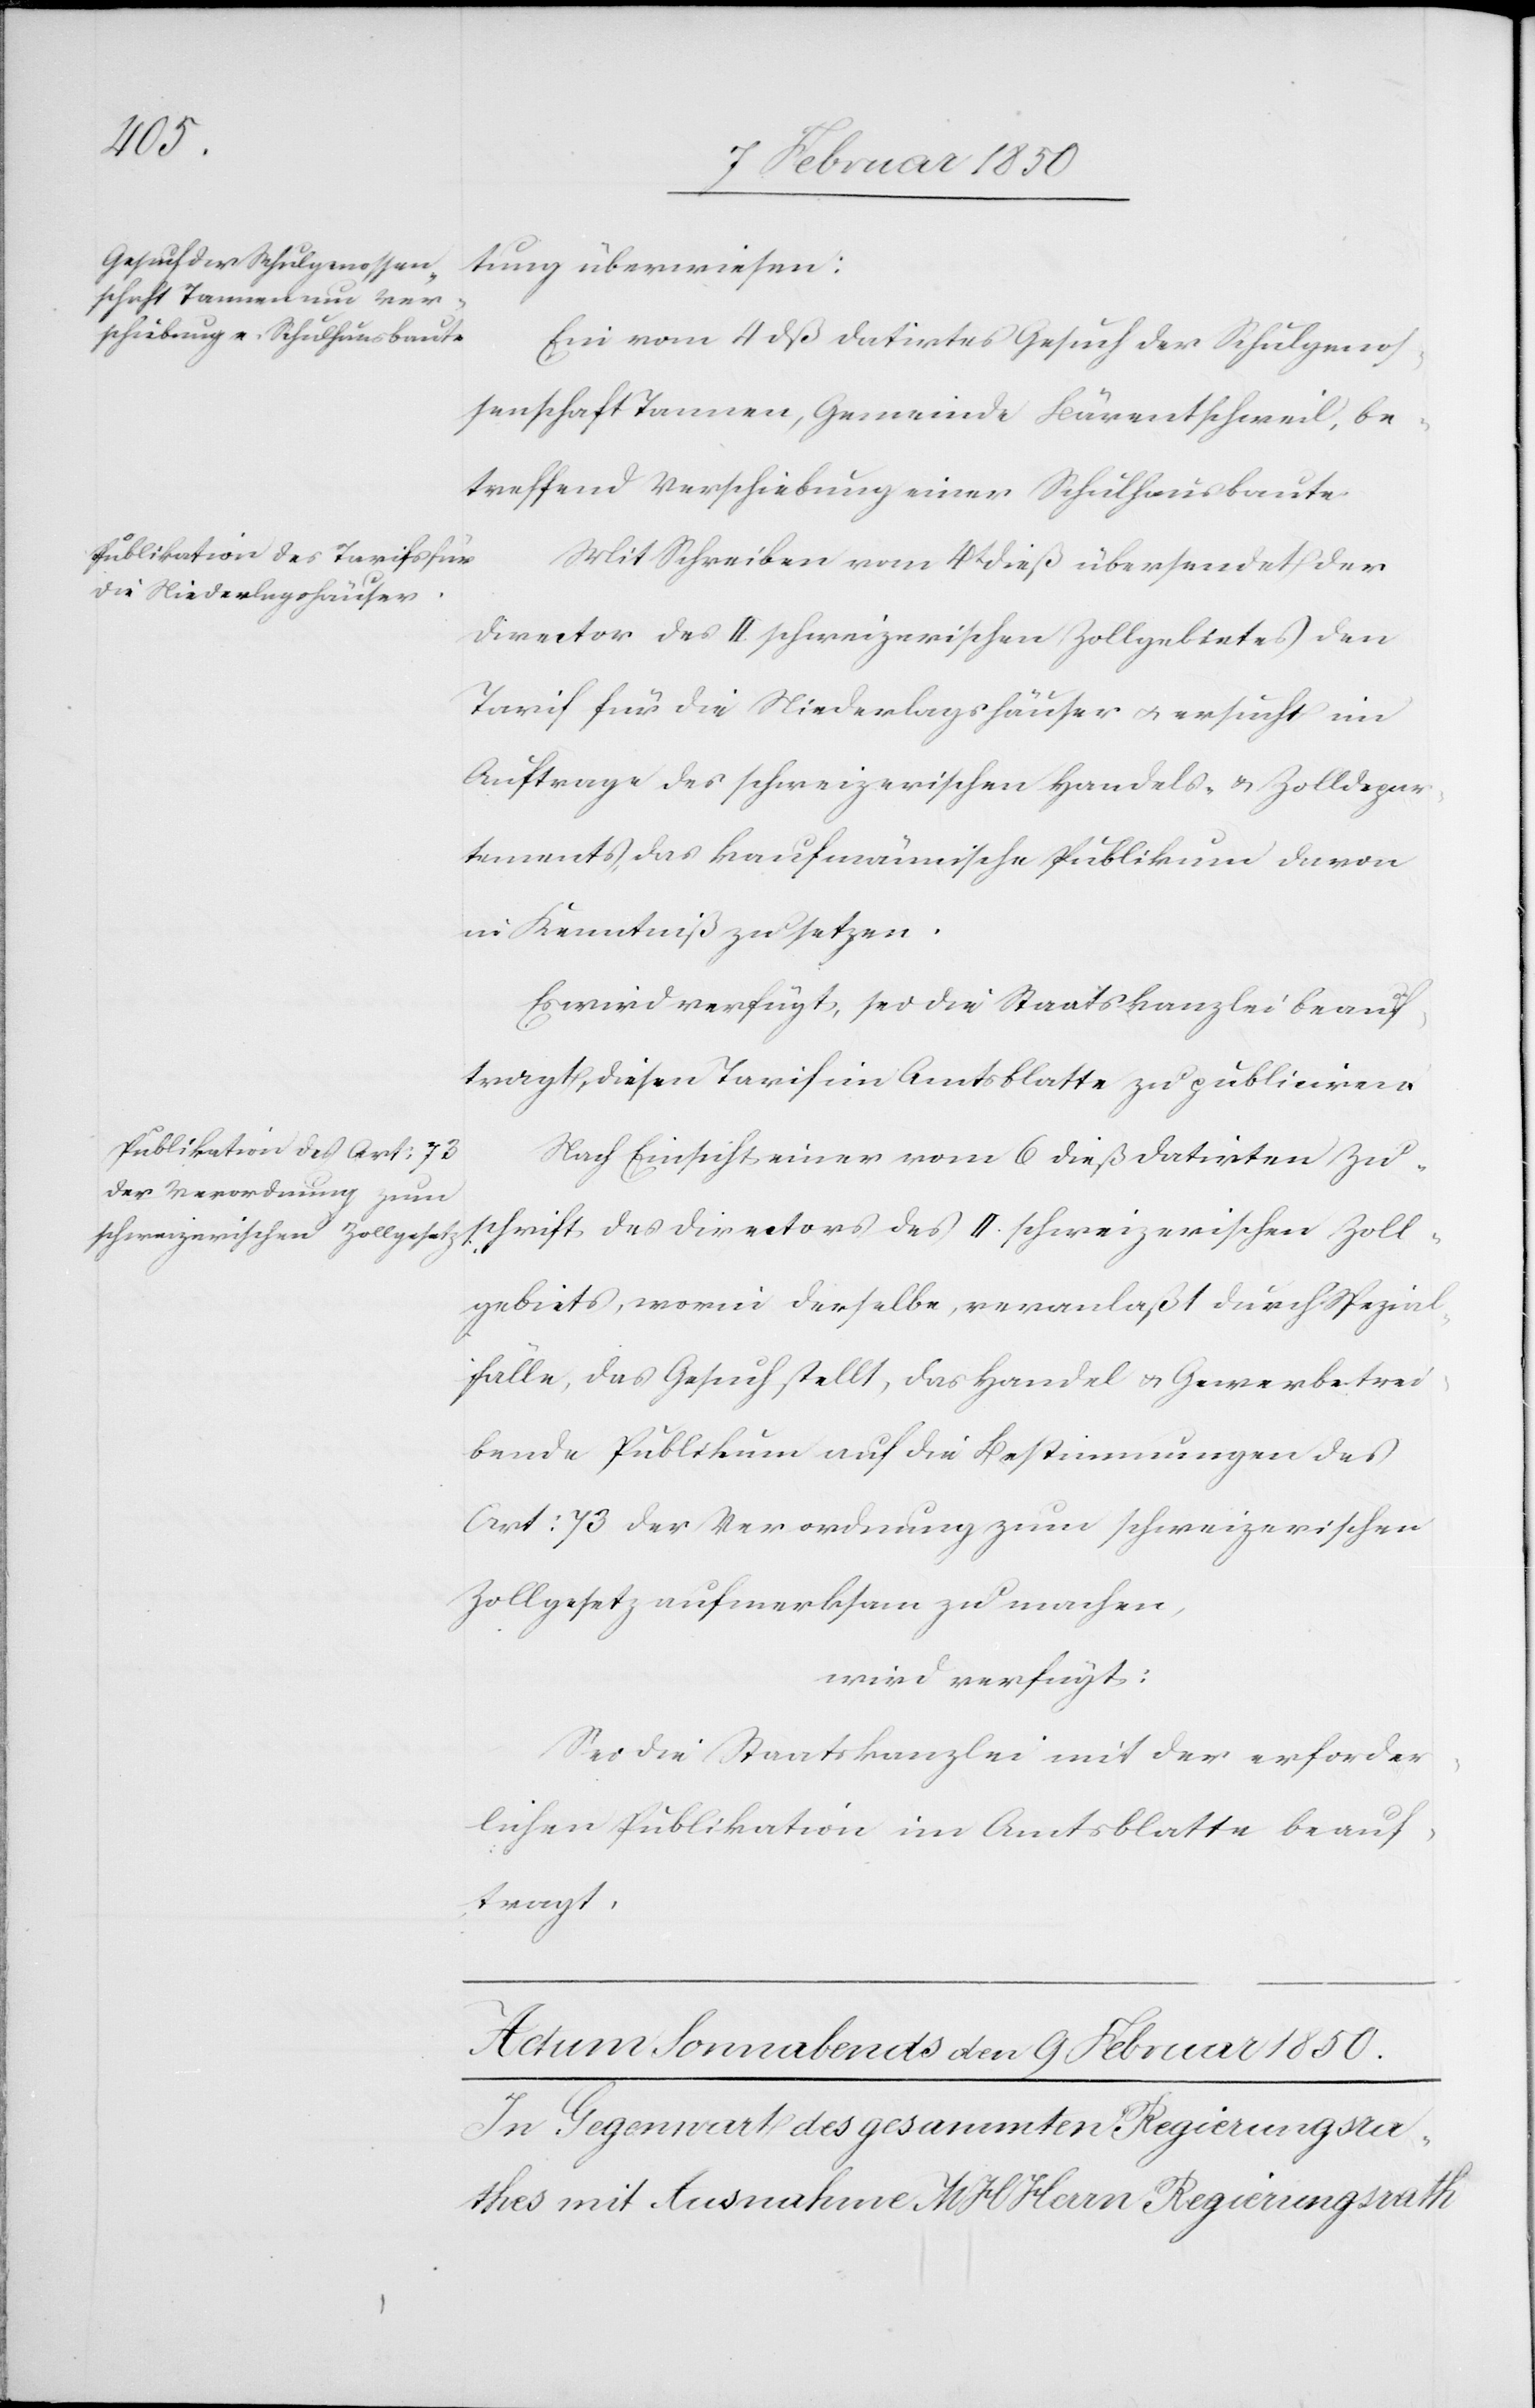
Ein vom 4 dß datirtes Gesuch der Schulgenos¬
senschaft Tannen, Gemeinde Bärentschweil, be¬
treffend Verschiebung einer Schulhausbaute.
Mit Schreiben vom 4t dieß übersendet der
Director des II. schweizerischen Zollgebietes den
Tarif für die Niederlagshäuser u. ersucht im
Auftrage des schweizerischen Handels- u. Zolldepar¬
tements, das kaufmännische Publikum davon
in Kenntniß zu setzen.
Es wird verfügt, sei die Staatskanzlei beauf¬
tragt, diesen Tarif im Amtsblatte zu publiciren.
Nach Einsicht einer vom 6 dieß datirten Zu¬
schrift des Directors des II. schweizerischen Zoll¬
gebiets, worin derselbe, veranlaßt durch Spezial¬
fälle, das Gesuch stellt, das Handel u. Gewerbetrei¬
bende Publikum auf die Bestimmungen des
Art: 73 der Verordnung zum schweizerischen
Zollgesetz aufmerksam zu machen,
wird verfügt:
Sei die Staatskanzlei mit der erforder¬
lichen Publikation im Amtsblatte beauf¬
tragt.